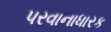
પરવાનાધારક